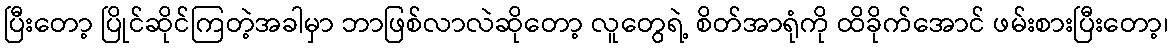
ပြီးတော့ ပြိုင်ဆိုင်ကြတဲ့အခါမှာ ဘာဖြစ်လာလဲဆိုတော့ လူတွေရဲ့ စိတ်အာရုံကို ထိခိုက်အောင် ဖမ်းစားပြီးတော့၊